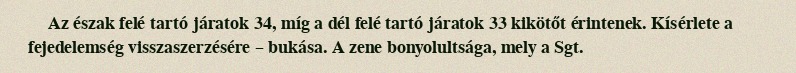
Az észak felé tartó járatok 34, míg a dél felé tartó járatok 33 kikötőt érintenek. Kísérlete a fejedelemség visszaszerzésére – bukása. A zene bonyolultsága, mely a Sgt.